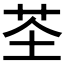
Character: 𫇲